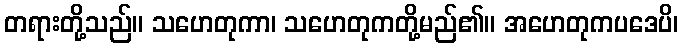
တရားတို့သည်။ သဟေတုကာ၊ သဟေတုကတို့မည်၏။ အဟေတုကပဒေပိ၊